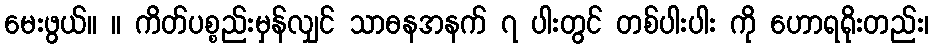
မေးဖွယ်။ ။ ကိတ်ပစ္စည်းမှန်လျှင် သာဓနအနက် ၇ ပါးတွင် တစ်ပါးပါး ကို ဟောရရိုးတည်း၊